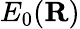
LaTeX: E_{0}({\mathbf{R}})